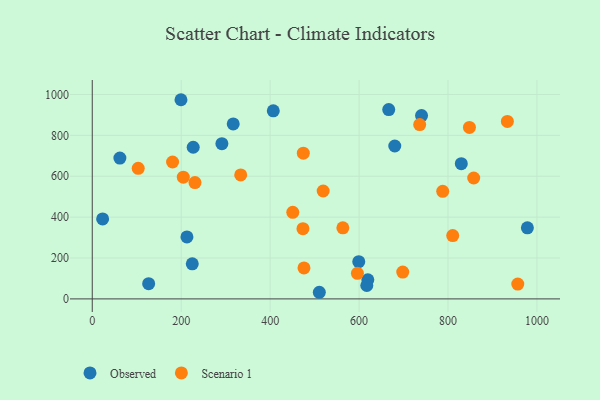
{"axis": {"x": "Experience", "y": "Profit"}, "legend": ["Observed", "Scenario 1"], "data": [{"x": "978.5", "y": 347.7, "type": "Observed"}, {"x": "407.1", "y": 920.3, "type": "Observed"}, {"x": "666.7", "y": 926.0, "type": "Observed"}, {"x": "740.5", "y": 896.7, "type": "Observed"}, {"x": "599.3", "y": 181.9, "type": "Observed"}, {"x": "291.5", "y": 759.5, "type": "Observed"}, {"x": "227.0", "y": 741.9, "type": "Observed"}, {"x": "510.6", "y": 32.4, "type": "Observed"}, {"x": "619.7", "y": 93.5, "type": "Observed"}, {"x": "224.9", "y": 171.5, "type": "Observed"}, {"x": "62.1", "y": 689.1, "type": "Observed"}, {"x": "829.9", "y": 661.6, "type": "Observed"}, {"x": "23.3", "y": 391.1, "type": "Observed"}, {"x": "126.8", "y": 74.7, "type": "Observed"}, {"x": "199.5", "y": 974.4, "type": "Observed"}, {"x": "317.0", "y": 855.8, "type": "Observed"}, {"x": "680.3", "y": 748.1, "type": "Observed"}, {"x": "617.4", "y": 65.6, "type": "Observed"}, {"x": "212.9", "y": 303.4, "type": "Observed"}, {"x": "476.1", "y": 151.6, "type": "Scenario 1"}, {"x": "810.6", "y": 309.6, "type": "Scenario 1"}, {"x": "563.5", "y": 347.6, "type": "Scenario 1"}, {"x": "736.3", "y": 852.7, "type": "Scenario 1"}, {"x": "848.2", "y": 839.0, "type": "Scenario 1"}, {"x": "333.8", "y": 606.6, "type": "Scenario 1"}, {"x": "698.2", "y": 131.0, "type": "Scenario 1"}, {"x": "473.8", "y": 343.6, "type": "Scenario 1"}, {"x": "103.3", "y": 638.7, "type": "Scenario 1"}, {"x": "450.9", "y": 423.4, "type": "Scenario 1"}, {"x": "180.6", "y": 669.7, "type": "Scenario 1"}, {"x": "933.5", "y": 868.2, "type": "Scenario 1"}, {"x": "231.0", "y": 568.9, "type": "Scenario 1"}, {"x": "519.3", "y": 527.9, "type": "Scenario 1"}, {"x": "596.3", "y": 125.2, "type": "Scenario 1"}, {"x": "204.7", "y": 595.5, "type": "Scenario 1"}, {"x": "857.8", "y": 591.4, "type": "Scenario 1"}, {"x": "474.6", "y": 713.0, "type": "Scenario 1"}, {"x": "788.1", "y": 526.4, "type": "Scenario 1"}, {"x": "956.9", "y": 72.3, "type": "Scenario 1"}]}